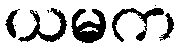
ယမက